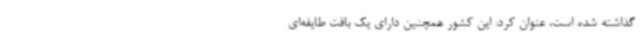
گذاشته شده است، عنوان کرد: این کشور همچنین دارای یک بافت طایفه‌ای